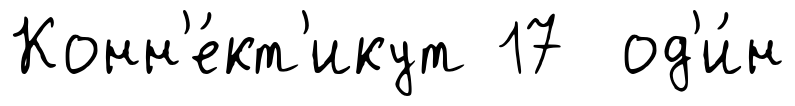
Конн'е́кт'икут 17 од'и́н